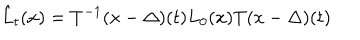
\hat { L } _ { t } ( x ) = T ^ { - 1 } ( x - \Delta ) ( t ) L _ { 0 } ( x ) T ( x - \Delta ) ( t )